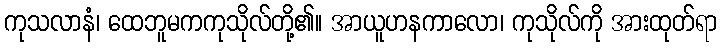
ကုသလာနံ၊ ထေဘူမကကုသိုလ်တို့၏။ အာယူဟနကာလော၊ ကုသိုလ်ကို အားထုတ်ရာ